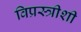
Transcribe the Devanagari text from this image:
विप्रस्त्रीशी